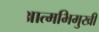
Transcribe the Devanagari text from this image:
आत्मभिमुखी